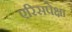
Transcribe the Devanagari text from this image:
एरिसपेक्षा